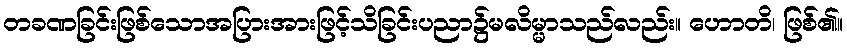
တခဏခြင်းဖြစ်သောအပြားအားဖြင့်သိခြင်းပညာ၌မလိမ္မာသည်လည်း။ ဟောတိ၊ ဖြစ်၏။